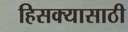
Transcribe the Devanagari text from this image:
हिसक्यासाठी